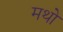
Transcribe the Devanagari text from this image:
मथो